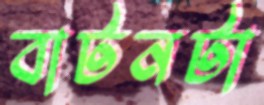
বাটনটা